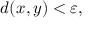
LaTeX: d ( x , y ) < \varepsilon ,